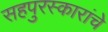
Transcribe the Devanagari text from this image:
सहपुरस्कारांचे